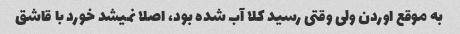
به موقع اوردن ولی وقتی رسید کلا آب شده بود، اصلا نمیشد خورد با قاشق